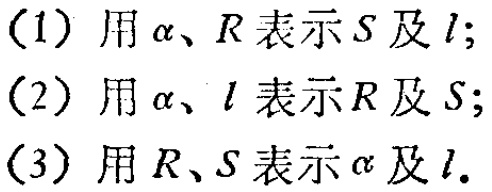
(1) 用\(\alpha\)、\(R\)表示\(S\)及\(l\)；
(2) 用\(\alpha\)、\(l\)表示\(R\)及\(S\)；
(3) 用\(R\)、\(S\)表示\(\alpha\)及\(l\).